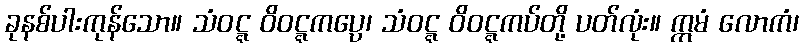
ခုနစ်ပါးကုန်သော။ သံဝဋ္ဋ ဝိဝဋ္ဋကပ္ပေ၊ သံဝဋ္ဋ ဝိဝဋ္ဋကပ်တို့ ပတ်လုံး။ ဣမံ လောကံ၊